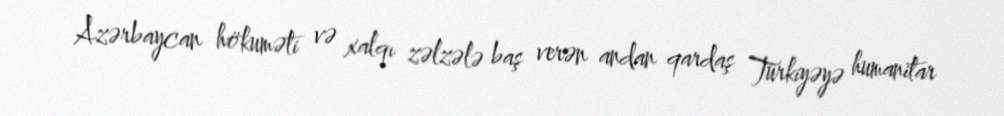
Azərbaycan hökuməti və xalqı zəlzələ baş verən andan qardaş Türkiyəyə humanitar